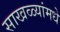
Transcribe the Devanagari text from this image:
साखळ्यांमधे